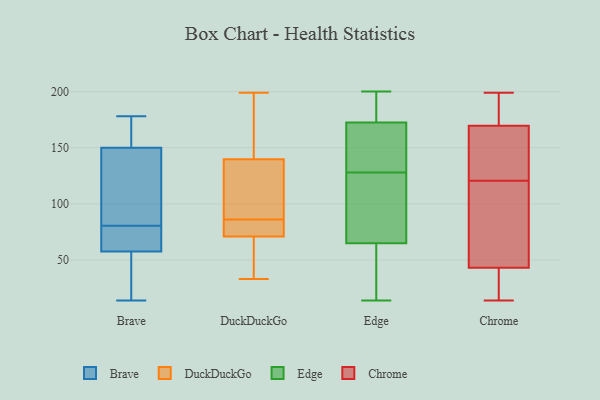
{"axis": {"x": "Waste Production (Tons)", "y": "Value"}, "legend": ["Brave", "Chrome", "DuckDuckGo", "Edge"], "data": [{"x": "", "y": 58, "type": "Brave"}, {"x": "", "y": 14, "type": "Brave"}, {"x": "", "y": 171, "type": "Brave"}, {"x": "", "y": 152, "type": "Brave"}, {"x": "", "y": 71, "type": "Brave"}, {"x": "", "y": 148, "type": "Brave"}, {"x": "", "y": 100, "type": "Brave"}, {"x": "", "y": 178, "type": "Brave"}, {"x": "", "y": 32, "type": "Brave"}, {"x": "", "y": 67, "type": "Brave"}, {"x": "", "y": 25, "type": "Brave"}, {"x": "", "y": 94, "type": "Brave"}, {"x": "", "y": 57, "type": "Brave"}, {"x": "", "y": 164, "type": "Brave"}, {"x": "", "y": 61, "type": "Brave"}, {"x": "", "y": 90, "type": "Brave"}, {"x": "", "y": 172, "type": "DuckDuckGo"}, {"x": "", "y": 82, "type": "DuckDuckGo"}, {"x": "", "y": 86, "type": "DuckDuckGo"}, {"x": "", "y": 136, "type": "DuckDuckGo"}, {"x": "", "y": 33, "type": "DuckDuckGo"}, {"x": "", "y": 142, "type": "DuckDuckGo"}, {"x": "", "y": 79, "type": "DuckDuckGo"}, {"x": "", "y": 124, "type": "DuckDuckGo"}, {"x": "", "y": 141, "type": "DuckDuckGo"}, {"x": "", "y": 46, "type": "DuckDuckGo"}, {"x": "", "y": 70, "type": "DuckDuckGo"}, {"x": "", "y": 33, "type": "DuckDuckGo"}, {"x": "", "y": 74, "type": "DuckDuckGo"}, {"x": "", "y": 199, "type": "DuckDuckGo"}, {"x": "", "y": 86, "type": "DuckDuckGo"}, {"x": "", "y": 35, "type": "Edge"}, {"x": "", "y": 167, "type": "Edge"}, {"x": "", "y": 30, "type": "Edge"}, {"x": "", "y": 23, "type": "Edge"}, {"x": "", "y": 114, "type": "Edge"}, {"x": "", "y": 153, "type": "Edge"}, {"x": "", "y": 138, "type": "Edge"}, {"x": "", "y": 190, "type": "Edge"}, {"x": "", "y": 200, "type": "Edge"}, {"x": "", "y": 110, "type": "Edge"}, {"x": "", "y": 84, "type": "Edge"}, {"x": "", "y": 75, "type": "Edge"}, {"x": "", "y": 194, "type": "Edge"}, {"x": "", "y": 14, "type": "Edge"}, {"x": "", "y": 128, "type": "Edge"}, {"x": "", "y": 150, "type": "Edge"}, {"x": "", "y": 189, "type": "Edge"}, {"x": "", "y": 33, "type": "Chrome"}, {"x": "", "y": 14, "type": "Chrome"}, {"x": "", "y": 166, "type": "Chrome"}, {"x": "", "y": 173, "type": "Chrome"}, {"x": "", "y": 123, "type": "Chrome"}, {"x": "", "y": 184, "type": "Chrome"}, {"x": "", "y": 125, "type": "Chrome"}, {"x": "", "y": 42, "type": "Chrome"}, {"x": "", "y": 199, "type": "Chrome"}, {"x": "", "y": 188, "type": "Chrome"}, {"x": "", "y": 132, "type": "Chrome"}, {"x": "", "y": 56, "type": "Chrome"}, {"x": "", "y": 42, "type": "Chrome"}, {"x": "", "y": 44, "type": "Chrome"}, {"x": "", "y": 118, "type": "Chrome"}, {"x": "", "y": 74, "type": "Chrome"}]}